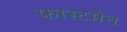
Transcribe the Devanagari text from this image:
फास्टमेन